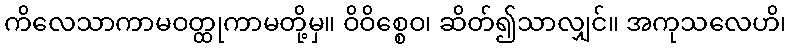
ကိလေသာကာမဝတ္ထုကာမတို့မှ။ ဝိဝိစ္စေဝ၊ ဆိတ်၍သာလျှင်။ အကုသလေဟိ၊